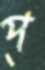
প্